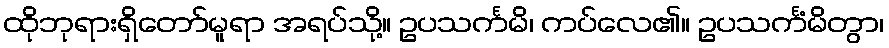
ထိုဘုရားရှိတော်မူရာ အရပ်သို့။ ဥပသင်္ကမိ၊ ကပ်လေ၏။ ဥပသင်္ကံမိတွာ၊